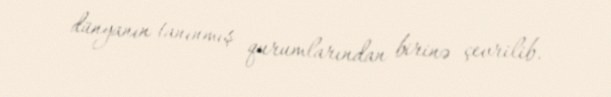
dünyanın tanınmış qurumlarından birinə çevrilib.